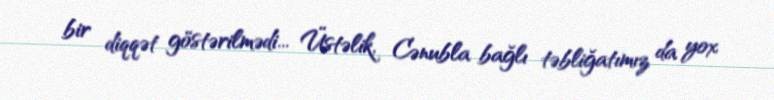
bir diqqət göstərilmədi... Üstəlik, Cənubla bağlı təbliğatımız da yox